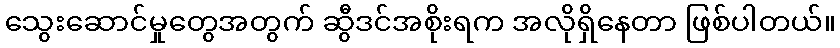
သွေးဆောင်မှုတွေအတွက် ဆွီဒင်အစိုးရက အလိုရှိနေတာ ဖြစ်ပါတယ်။